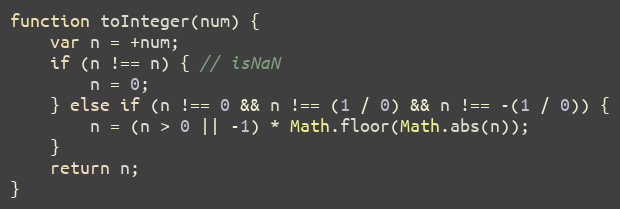
Language: JavaScript
function toInteger(num) {
    var n = +num;
    if (n !== n) { // isNaN
        n = 0;
    } else if (n !== 0 && n !== (1 / 0) && n !== -(1 / 0)) {
        n = (n > 0 || -1) * Math.floor(Math.abs(n));
    }
    return n;
}